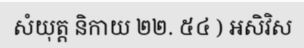
សំយុត្ត និកាយ ២២. ៥៤ ) អសិវិស